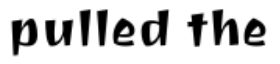
pulled the